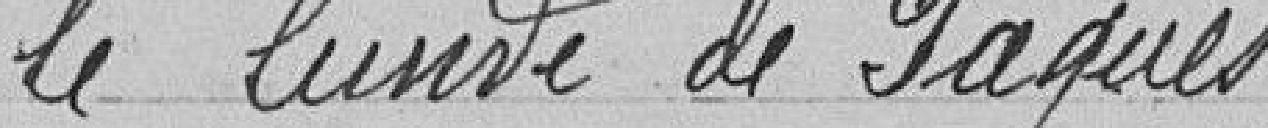
le lundi de Pâques